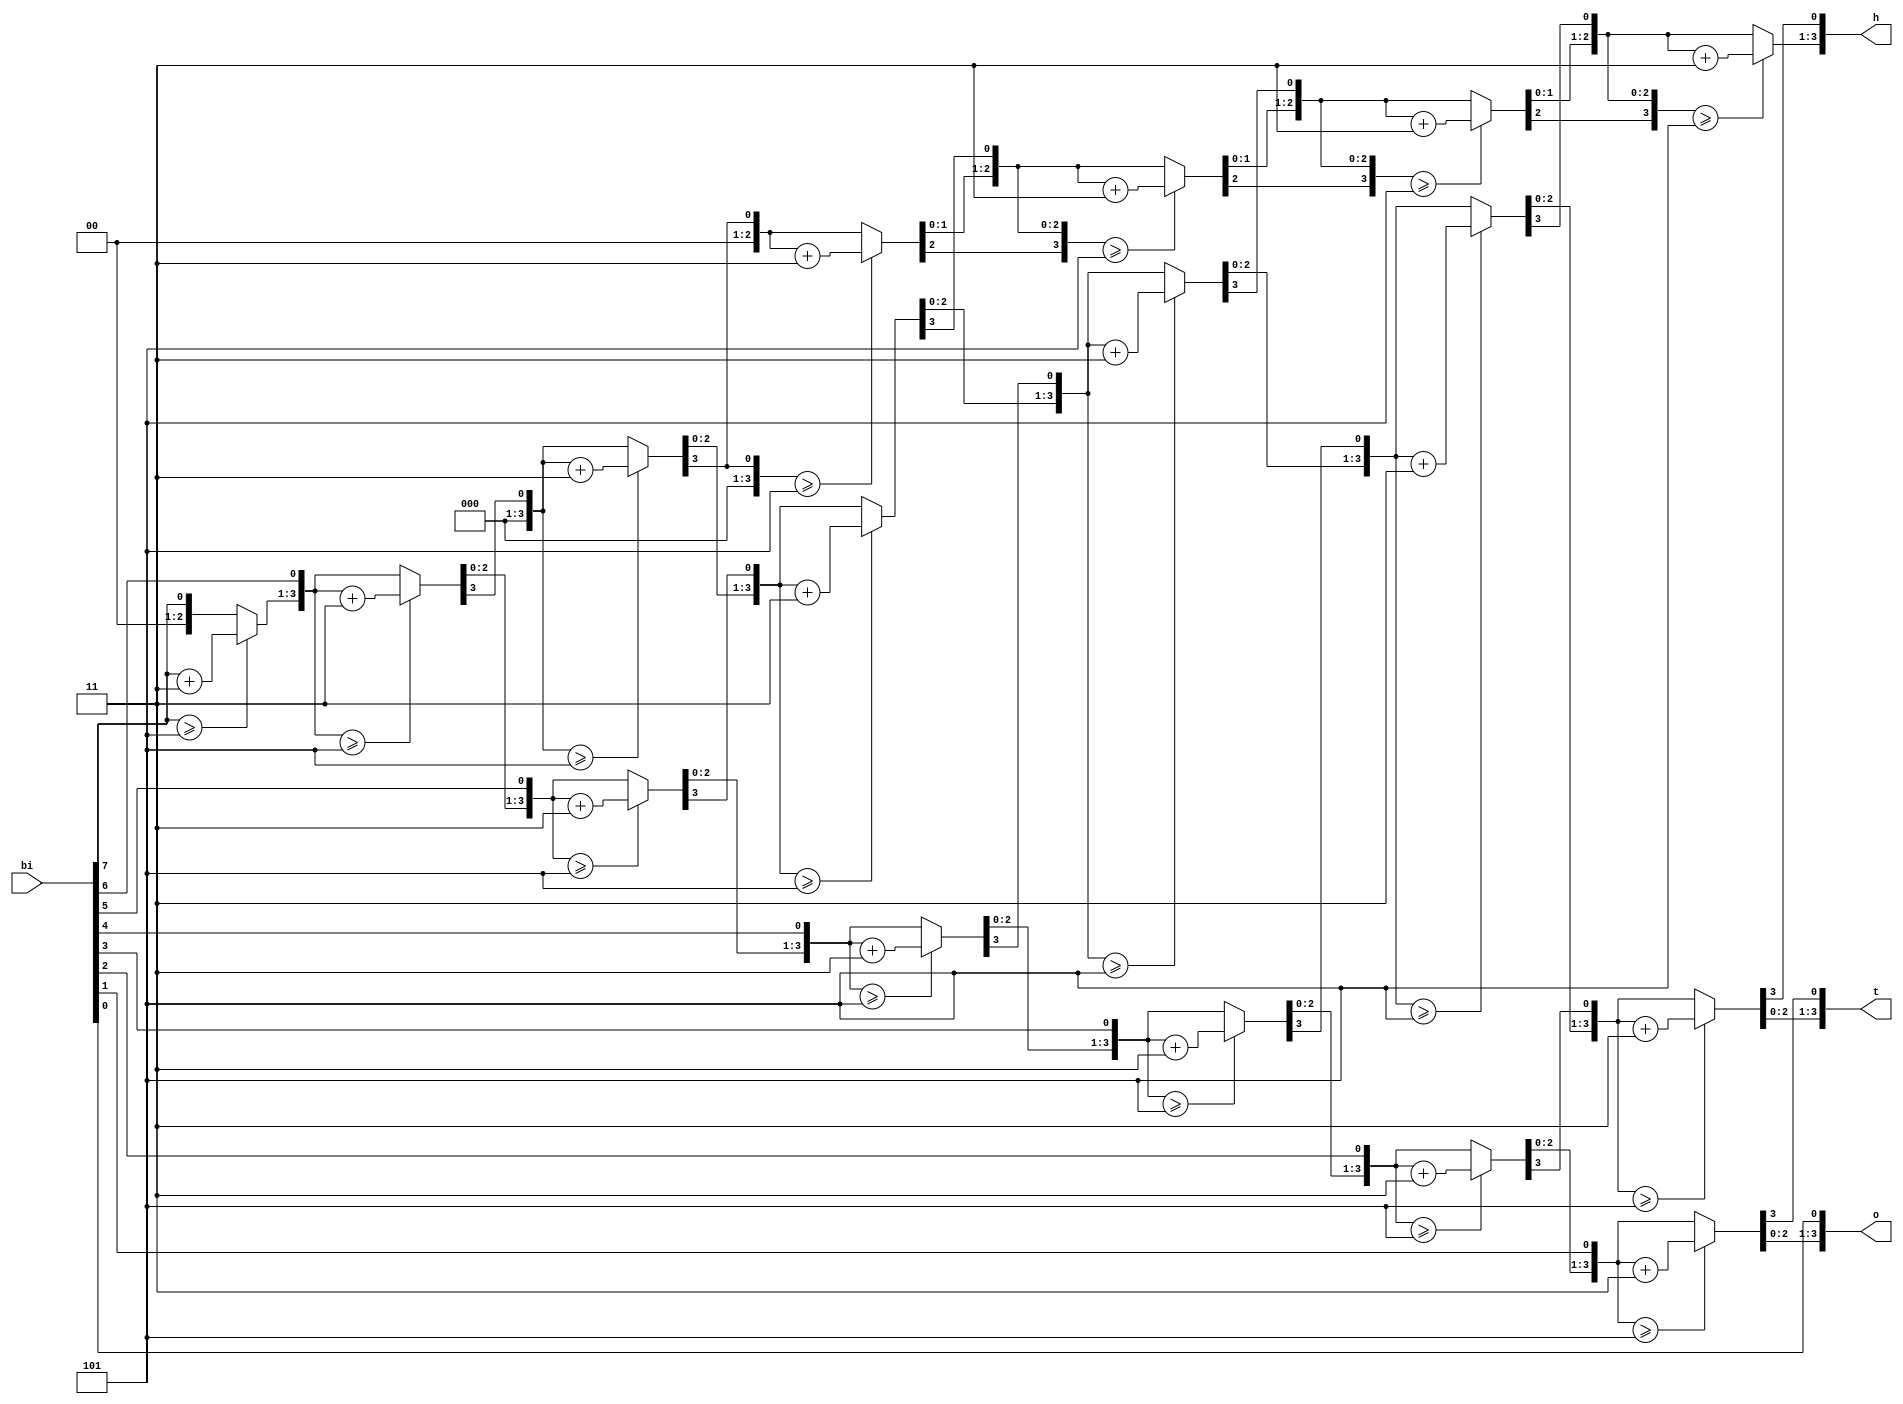
//`timescale 1ns / 1ns
//////////////////////////////////////////////////////////////////////////////////
// Module Name:    binary2bcd 
// Project Name:	 EE-271
// Target Devices: Altera Max-10 (10M50DAF484C7G)
// Tool versions: Quatrus Prime 18.1 lite
//////////////////////////////////////////////////////////////////////////////////
module binary2bcd (bi,h,t,o);

input [7:0]bi;
output reg [3:0]h,t,o;

	// Internal variable for storing bits
   reg [19:0] shift;
   reg [3:0] i;
   
   always @(bi)
   begin
      // Clear previous number and store new number in shift register
      shift[19:8] = 0;
      shift[7:0] = bi;
      
      // Loop eight times
      for (i=0; i<4'h8; i=i+1) begin
         if (shift[11:8] >= 5)
            shift[11:8] = shift[11:8] + 4'h3;
            
         if (shift[15:12] >= 5)
            shift[15:12] = shift[15:12] + 4'h3;
            
         if (shift[19:16] >= 5)
            shift[19:16] = shift[19:16] + 4'h3;
         
         // Shift entire register left once
         shift = shift << 1;
      end
      
      // Push decimal numbers to output
      h = shift[19:16];
      t = shift[15:12];
      o = shift[11:8];
   end
endmodule